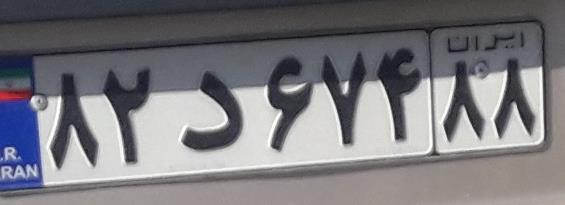
۸۲د۶۷۴۸۸